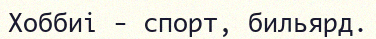
Хоббиі - спорт, бильярд.